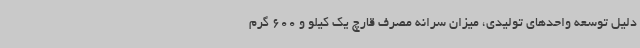
دلیل توسعه واحدهای تولیدی، میزان سرانه مصرف قارچ یک کیلو و 600 گرم